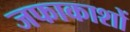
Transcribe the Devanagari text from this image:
जफाकाशों